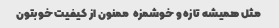
مثل همیشه تازه و خوشمزه  ممنون از کیفیت خوبتون